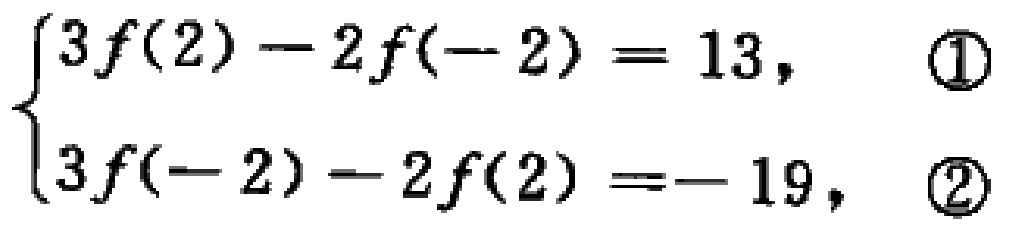
$\begin{cases}3f(2)-2f(-2)=13, &\textcircled{1}\\3f(-2)-2f(2)=-19, &\textcircled{2}\end{cases}$